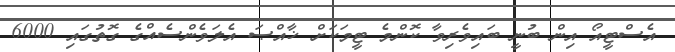
އެސްޓީއޯ އިން ބުނީ ބައިވެރިވާ ކޮންމެ ޓީމަކަށް ޚާއްޞަ އެލަވެންސެއްގެ ގޮތުގައި 6000